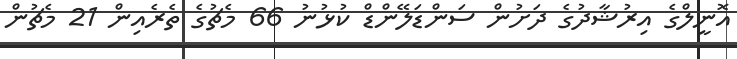
އޮނީލްގެ އިރުޝާދުގެ ދަށުން ސަންޑަލޭންޑް ކުޅުނު 66 މެޗުގެ ތެރެއިން 21 މެޗުން